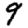
Digit: 9